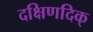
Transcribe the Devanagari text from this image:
दक्षिणदिक्